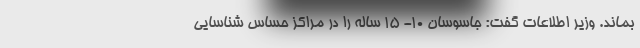
بماند. وزیر اطلاعات گفت: جاسوسان ۱۰- ۱۵ ساله را در مراکز حساس شناسایی